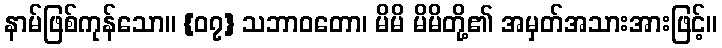
နာမ်ဖြစ်ကုန်သော။ {၀၇} သဘာဝတော၊ မိမိ မိမိတို့၏ အမှတ်အသားအားဖြင့်။